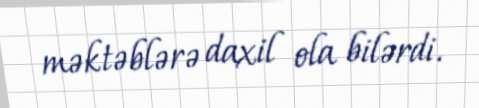
məktəblərə daxil ola bilərdi.